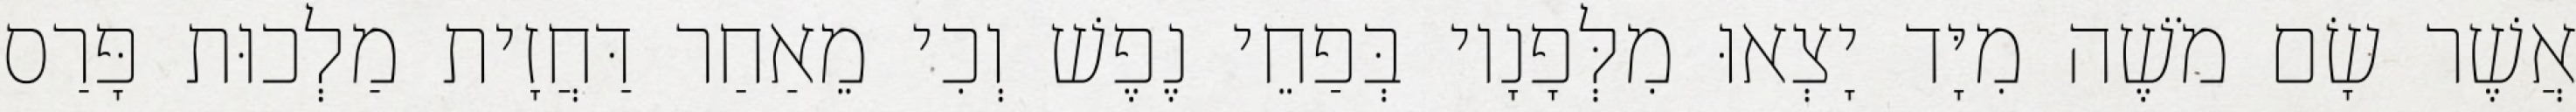
אֲשֶׁר שָׂם מֹשֶׁה מִיָּד יָצְאוּ מִלְּפָנָיו בְּפַחֵי נֶפֶשׁ וְכִי מֵאַחַר דַּחֲזָית מַלְכוּת פָּרַס